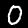
Label: 0